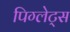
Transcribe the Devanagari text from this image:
पिग्लेट्स